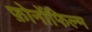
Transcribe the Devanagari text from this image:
फ़ोनोंफिल्म